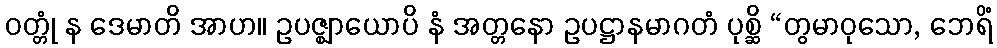
ဝတ္တုံ န ဒေမာတိ အာဟ။ ဥပဇ္ဈာယောပိ နံ အတ္တနော ဥပဋ္ဌာနမာဂတံ ပုစ္ဆိ “တွမာဝုသော, ဘေရိံ